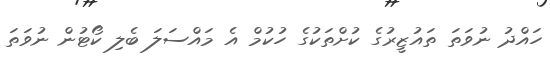
ހައްދު ނުވަތަ ތައުޒީރުގެ ކުށްތަކުގެ ހުކުމް އެ މައްސަލަ ބެލި ކޯޓުން ނުވަތަ